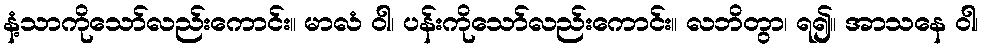
နံ့သာကိုသော်လည်းကောင်း။ မာလံ ဝါ၊ ပန်းကိုသော်လည်းကောင်း။ လဘိတွာ၊ ရ၍။ အာသနေ ဝါ၊